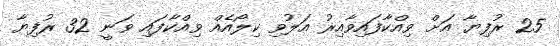
25 ރުފިޔާ އަށް ވިއްކާފައިވާއިރު އަލުވި ކިލޯއެއް ވިއްކާފައި ވަނީ 32 ރުފިޔާ